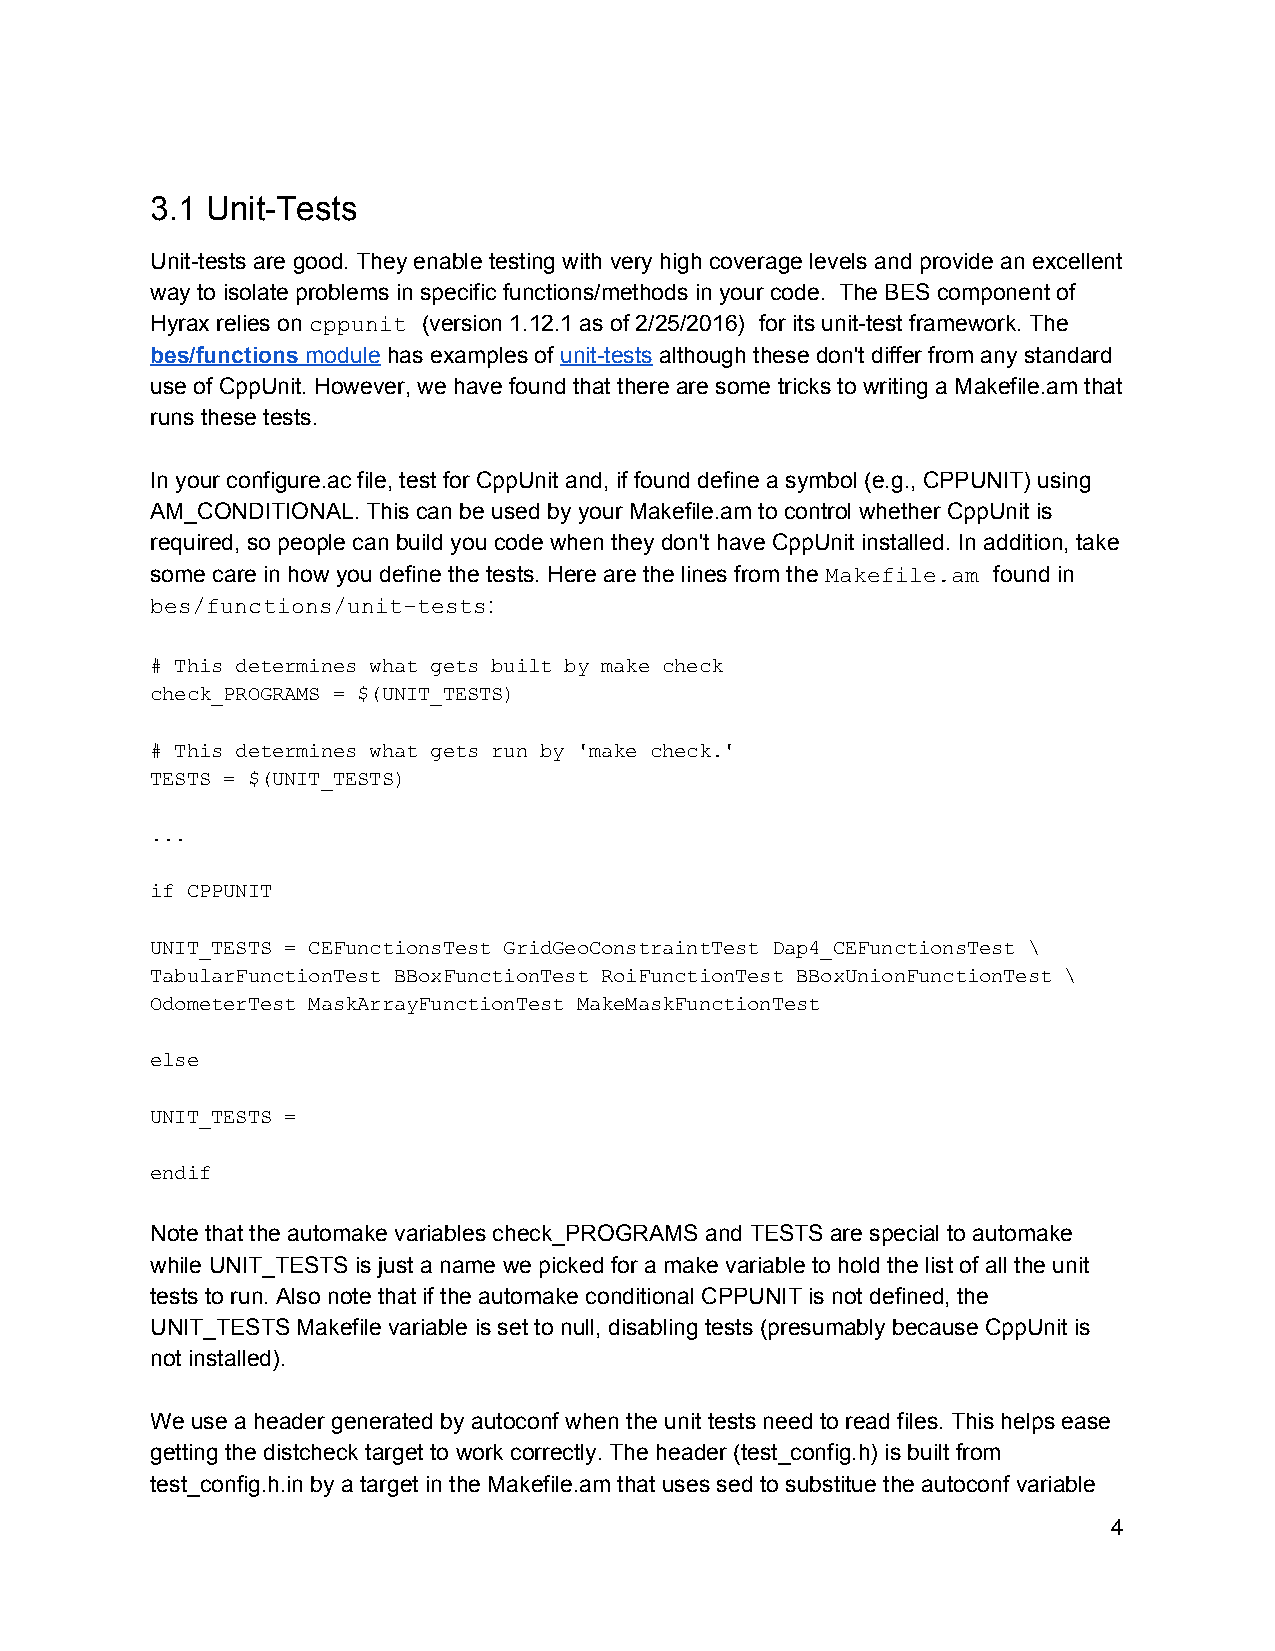
3.1 Unit­Tests
 Unit­tests are good. They enable testing with very high coverage levels and provide an excellent
 way to isolate problems in specific functions/methods in your code. The BES component of
 Hyrax relies on cppunit (version 1.12.1 as of 2/25/2016) for its unit­test framework. The
 ​       ​                    ​ ​
 bes/functions module has examples of unit­tests although these don't differ from any standard
 ​    ​           ​     ​
 use of CppUnit. However, we have found that there are some tricks to writing a Makefile.am that
 runs these tests.
 In your configure.ac file, test for CppUnit and, if found define a symbol (e.g., CPPUNIT) using
 AM_CONDITIONAL. This can be used by your Makefile.am to control whether CppUnit is
 required, so people can build you code when they don't have CppUnit installed. In addition, take
 some care in how you define the tests. Here are the lines from the Makefile.am found in
 ​          ​
 bes/functions/unit­tests:
 ​
 # This determines what gets built by make check
 check_PROGRAMS = $(UNIT_TESTS)
 # This determines what gets run by 'make check.'
 TESTS = $(UNIT_TESTS)
 ...
 if CPPUNIT
 UNIT_TESTS = CEFunctionsTest GridGeoConstraintTest Dap4_CEFunctionsTest \
 TabularFunctionTest BBoxFunctionTest RoiFunctionTest BBoxUnionFunctionTest \
 OdometerTest MaskArrayFunctionTest MakeMaskFunctionTest
 else
 UNIT_TESTS =
 endif
 Note that the automake variables check_PROGRAMS and TESTS are special to automake
 while UNIT_TESTS is just a name we picked for a make variable to hold the list of all the unit
 tests to run. Also note that if the automake conditional CPPUNIT is not defined, the
 UNIT_TESTS Makefile variable is set to null, disabling tests (presumably because CppUnit is
 not installed).
 We use a header generated by autoconf when the unit tests need to read files. This helps ease
 getting the distcheck target to work correctly. The header (test_config.h) is built from
 test_config.h.in by a target in the Makefile.am that uses sed to substitue the autoconf variable
 4